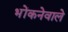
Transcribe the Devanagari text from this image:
भोंकनेवाले